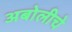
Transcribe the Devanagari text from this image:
अबोलीचे